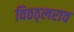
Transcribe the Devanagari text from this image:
विठठ्लराव